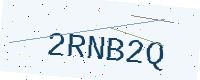
Text: 2RNB2Q